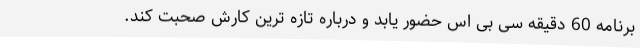
برنامه 60 دقیقه سی بی اس حضور یابد و درباره تازه ترین کارش صحبت کند.